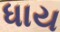
ધાય